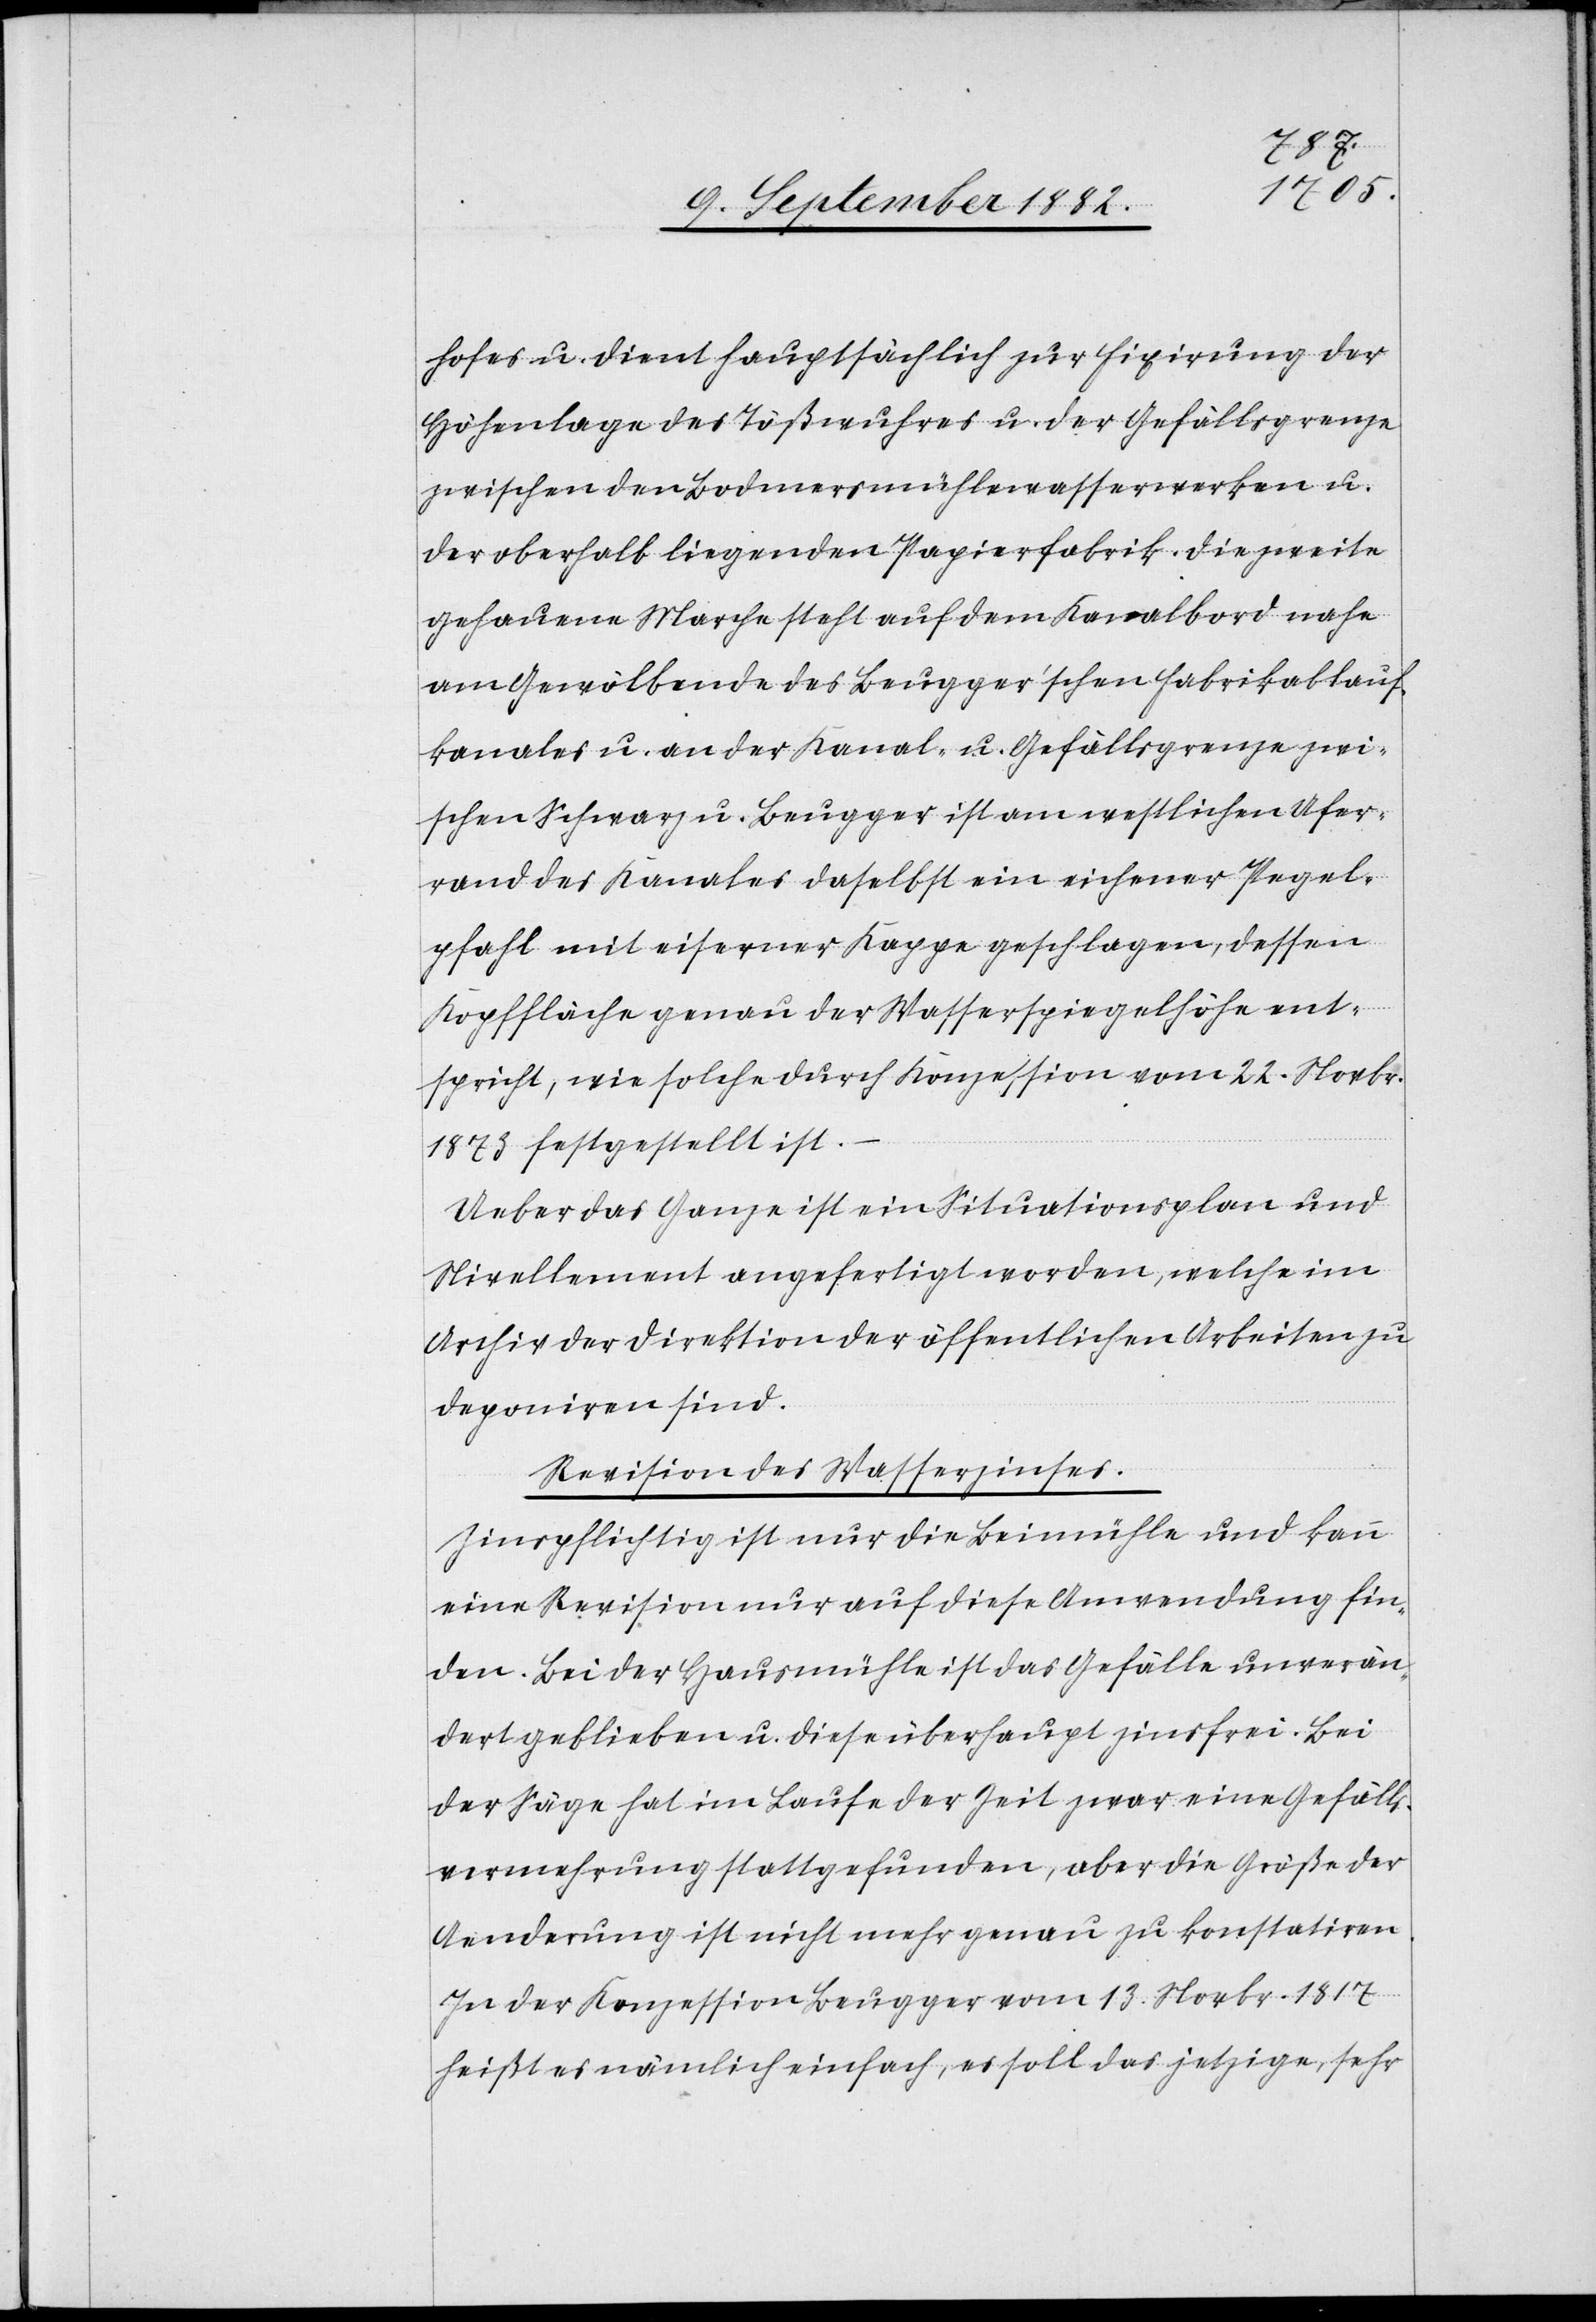
hofes u. dient hauptsächlich zur Fixirung der
Höhenlage des Tößwuhres u. der Gefällsgrenze
zwischen den Bodmersmühlenwasserwerken u.
der oberhalb liegenden Papierfabrik. Die zweite
gehauene Marche steht auf dem Kanalbord nahe
am Gewölbende des Beugger’schen Fabrikablauf¬
kanales u. an der Kanal- u. Gefällsgrenze zwi¬
schen Schwarz z. Beugger ist am westlichen Ufer¬
rand des Kanales daselbst ein eicherner Pegel¬
pfahl mit eiserner Kappe geschlagen, dessen
Kopffläche genau der Wasserspiegelhöhe ent¬
spricht, wie solche durch Konzession vom 22. Novbr.
1873 festgestellt ist.
Ueber das Ganze ist ein Situationsplan und
Nivellement angefertigt worden, welche im
Archiv der Direktion der öffentlichen Arbeiten zu
deponiren sind.
Revision des Wasserzinses.
Zinspflichtig ist nur die Beimühle und kann
eine Revision nur auf diese Anwendung fin¬
den. Bei der Hausmühle ist das Gefälle unverän¬
dert geblieben u. diese überhaupt zinsfrei. Bei
der Säge hat im Laufe der Zeit zwar eine Gefälls¬
vermehrung stattgefunden, aber die Größe der
Aenderung ist nicht mehr genau zu konstatiren.
In der Konzession Beugger vom 13. Novbr. 1817
heißt es nämlich einfach, es soll das jetzige, sehr